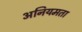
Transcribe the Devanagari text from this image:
अनियमता